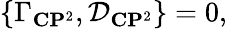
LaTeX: \{ {\Gamma}_{{\mathbf C}{\mathbf P}^{2}},{\cal D}_{{\mathbf C}{\mathbf P}^{2}}\} =0,